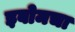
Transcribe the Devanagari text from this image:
इबोमचा